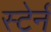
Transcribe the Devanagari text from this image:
स्टेर्न